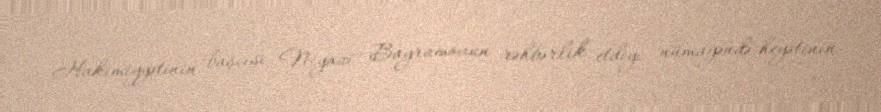
Hakimiyyətinin başçısı Niyazi Bayramovun rəhbərlik etdiyi nümayəndə heyətinin